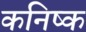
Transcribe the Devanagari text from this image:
कनिष्‍क